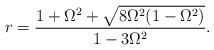
LaTeX: \begin{align*}r=\frac{1+\Omega^2+\sqrt{8\Omega^2(1-\Omega^2)}}{1-3\Omega^2}.\end{align*}